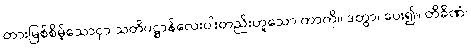
တားမြစ်စိမ့်သောငှာ သတိပဋ္ဌာန်လေးပါးတည်းဟူသော ကာကို။ ဒတွာ၊ ပေး၍။ တိခိဏံ၊